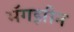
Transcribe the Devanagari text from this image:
मॅगझीन